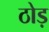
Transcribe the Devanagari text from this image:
ठोड़